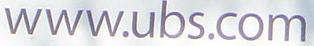
www.ubs.com